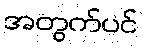
အတွက်ပင်